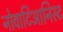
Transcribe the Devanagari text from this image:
नोवाटिआनिस्ट